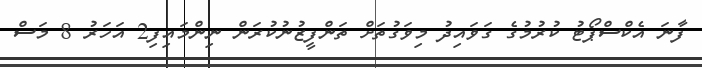
ފާނަ އެކްސްޕޯޓު ކުރުމުގެ ގަވައިދު މިވަގުތަށް ތަންފީޒުނުކުރަން ނިންމައިފި2 އަހަރު 8 މަސް